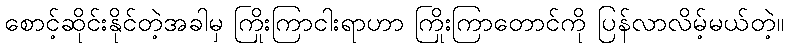
စောင့်ဆိုင်းနိုင်တဲ့အခါမှ ကြိုးကြာငါးရာဟာ ကြိုးကြာတောင်ကို ပြန်လာလိမ့်မယ်တဲ့။